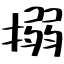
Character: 搦